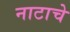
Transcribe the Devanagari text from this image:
नाटाचे